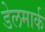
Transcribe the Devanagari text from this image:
डेलमार्क